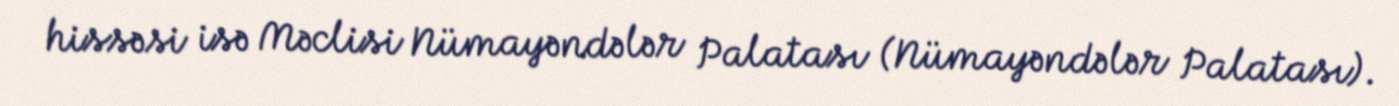
hissəsi isə Məclisi Nümayəndələr Palatası (Nümayəndələr Palatası).